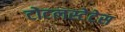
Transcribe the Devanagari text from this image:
टोटलस्टेटेस